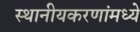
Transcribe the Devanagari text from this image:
स्थानीयकरणांमध्ये